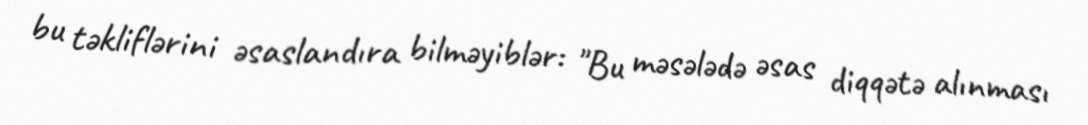
bu təkliflərini əsaslandıra bilməyiblər: "Bu məsələdə əsas diqqətə alınması